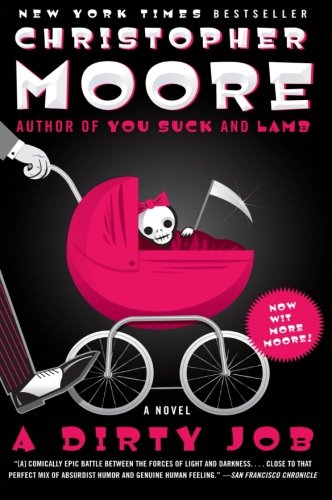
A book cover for A Dirty Job: A Novel; Christopher Moore; Literature & Fiction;